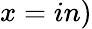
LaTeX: x=in)